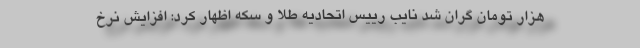
هزار تومان گران شد نایب رییس اتحادیه طلا و سکه اظهار کرد: افزایش نرخ